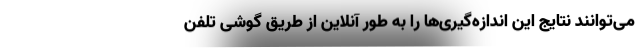
می‌توانند نتایج این اندازه‌گیری‌ها را به طور آنلاین از طریق گوشی تلفن